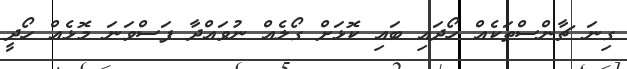
ގިނަ ޗާންސްތަކެއް ހޯދައި ބައި ކޮޅަށް ގޯލެއް ނުވައްދާ ފަސްވަނަ މޮޅެއް ހޯދީ